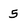
Character: 5